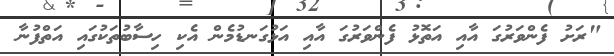
"ރަށު ފެންވަރުގަ އާއި އަތޮޅު ފެންވަރުގަ އާއި އަޅުގަނޑުމެން އެކި ހިސާބުތަކުގައި އަތްފުނާ